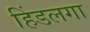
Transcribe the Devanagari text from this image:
हिंडलगा